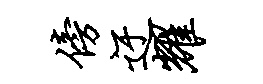
傍迂耀